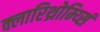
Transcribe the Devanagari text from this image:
क्लारिथ्रोम्य्सिं